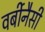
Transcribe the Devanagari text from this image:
वर्बीनैसी